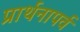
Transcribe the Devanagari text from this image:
प्रार्थनापर्व